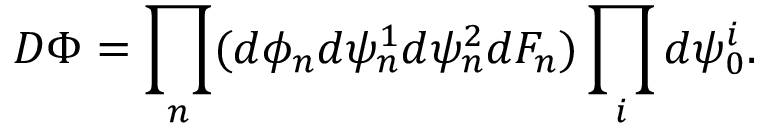
{ \cal D } \Phi = \prod _ { n } ( d \phi _ { n } d \psi _ { n } ^ { 1 } d \psi _ { n } ^ { 2 } d F _ { n } ) \prod _ { i } d \psi _ { 0 } ^ { i } .